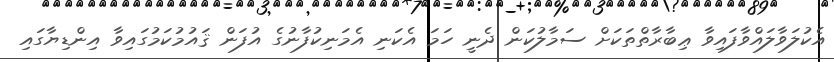
އެކުލަވާލައްވާފައިވާ ޢިބާރާތްތަކަށް ސަމާލުކަން ދެނީ ހަމަ އެކަނި އެމަނިކުފާނުގެ އުފަން ޤައުމުކަމުގައިވާ އިންޑިޔާގައި